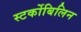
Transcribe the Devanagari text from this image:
स्‍टर्कोबिलिन